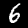
Label: 6